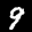
Label: 9